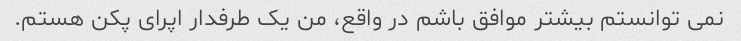
نمی توانستم بیشتر موافق باشم در واقع، من یک طرفدار اپرای پکن هستم.